Document type: Sale
Year: 1430
Scribe: [Unknown]
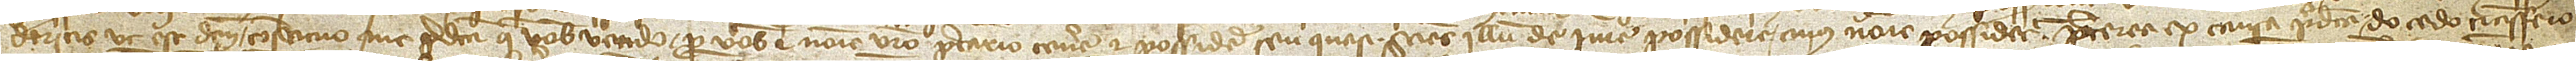
deritis, ut est dictum, constituo me predicta que vobis vendo pro vobis et nomine vestro precario tenere et possidere seu quasi, sciens illum de iure possidere cuius nomine possidetur. Preterea ex causa predicta do, cedo, transfero